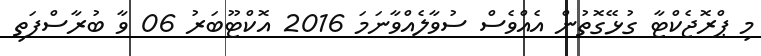
މި ޕްރޮޖެކްޓާ ގުޅޭގޮތުން އެއްވެސް ސުވާލެއްވާނަމަ 2016 އޮކްޓޫބަރު 06 ވާ ބުރާސްފަތި